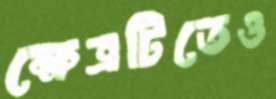
ক্ষেত্রটিতেও